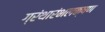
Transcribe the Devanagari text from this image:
ग्रंथारंभलक्षण